Civil Veterinary Department. Central Provinces & Berar 1932-41 - 1932-1941
Year: 1932
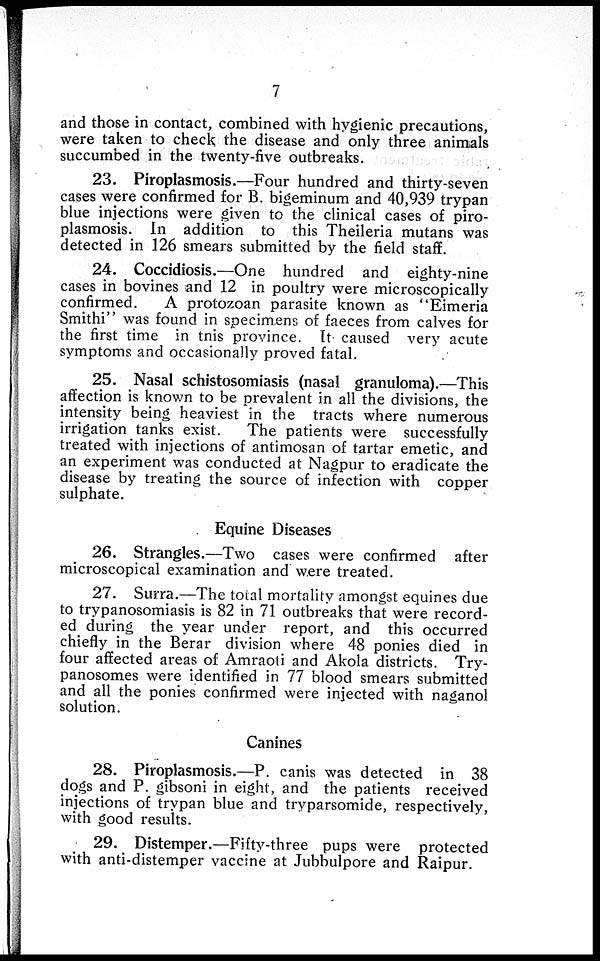
7
and those in contact, combined with hygienic precautions,
were taken to check the disease and only three animals
succumbed in the twenty-five outbreaks.
23. Piroplasmosis.—Four hundred and thirty-seven
cases were confirmed for B. bigeminum and 40,939 trypan
blue injections were given to the clinical cases of piro-
plasmosis. In addition to this Theileria mutans was
detected in 126 smears submitted by the field staff.
24. Coccidiosis.—One hundred and eighty-nine
cases in bovines and 12 in poultry were microscopically
confirmed.
A protozoan parasite known as "Eimeria
Smithi" was found in specimens of faeces from calves for
the first time in this province. It caused very acute
symptoms and occasionally proved fatal.
25. Nasal schistosomiasis (nasal granuloma).—This
affection is known to be prevalent in all the divisions, the
intensity being heaviest in the tracts where numerous
irrigation tanks exist.
The patients were successfully
treated with injections of antimosan of tartar emetic, and
an experiment was conducted at Nagpur to eradicate the
disease by treating the source of infection with copper
sulphate.
Equine Diseases
26. Strangles.—Two cases were confirmed after
microscopical examination and were treated.
27. Surra.—The total mortality amongst equines due
to trypanosomiasis is 82 in 71 outbreaks that were record-
ed during the year under report, and this occurred
chiefly in the Berar division where 48 ponies died in
four affected areas of Amraoti and Akola districts. Try-
panosomes were identified in 77 blood smears submitted
and all the ponies confirmed were injected with naganol
solution.
Canines
28. Piroplasmosis.—P. canis was detected in 38
dogs and P gibsoni in eight, and the patients received
injections of trypan blue and tryparsomide, respectively,
with good results.
29. Distemper.—Fifty-three pups were protected
with anti-distemper vaccine at Jubbulpore and Raipur.